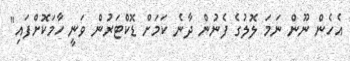
އެހެން ނޫން ނަމަ ލޮލުގެ ފެނުން ދާނެ ކަމަށް ޑޮކްޓަރުން ވަނީ ހާމަކޮށްފައި"